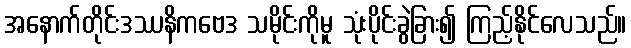
အနောက်တိုင်းဒဿနိကဗေဒ သမိုင်းကိုမူ သုံးပိုင်းခွဲခြား၍ ကြည့်နိုင်လေသည်။